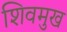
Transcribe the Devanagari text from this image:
शिवमुख